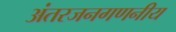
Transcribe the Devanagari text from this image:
अंतरजनगणनीय